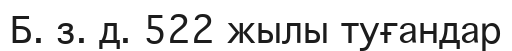
Б. з. д. 522 жылы туғандар